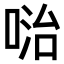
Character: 𠶠